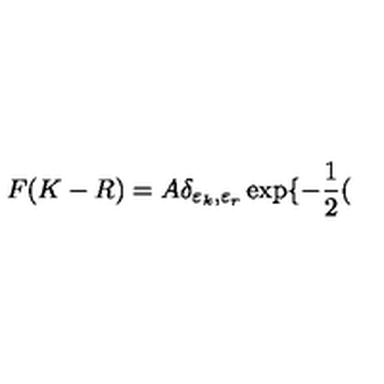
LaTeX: F ( K - R ) = A \delta _ { \varepsilon _ { k } , \varepsilon _ { r } } \exp \{ - { \frac { 1 } { 2 } } (